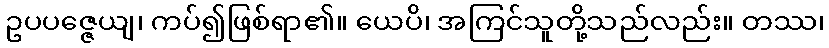
ဥပပဇ္ဇေယျ၊ ကပ်၍ဖြစ်ရာ၏။ ယေပိ၊ အကြင်သူတို့သည်လည်း။ တဿ၊